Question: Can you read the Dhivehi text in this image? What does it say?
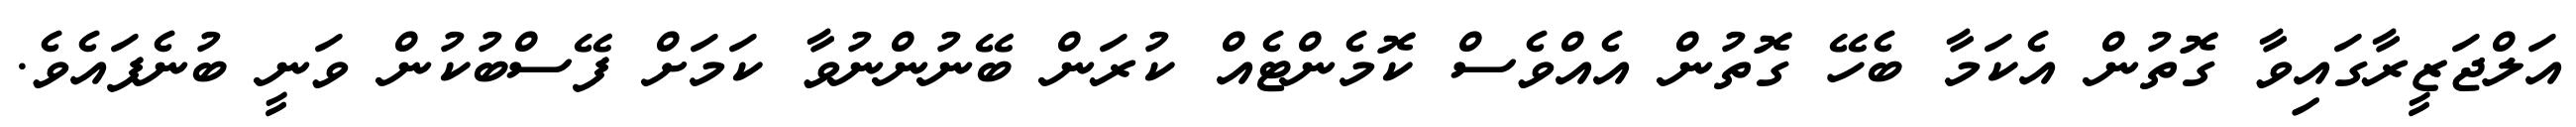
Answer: އަލްޖަޒީރާގައިވާ ގޮތުން އެކަމާ ބެހޭ ގޮތުން އެއްވެސް ކޮމެންޓެއް ކުރަން ބޭނުންނުވާ ކަމަށް ފޭސްބުކުން ވަނީ ބުނެފައެވެ.